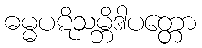
ဓမ္မပဋိသမ္ဘိဒါပတ္တော